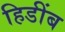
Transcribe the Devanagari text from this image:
हिडींब